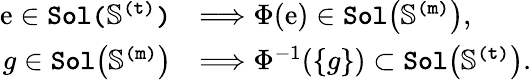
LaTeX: \begin{array}{rl}{\mathrm{e}\in\mathtt{Sol(\mathbb{S}^{\mathtt{(t)}})}}&{\Longrightarrow\Phi(\mathrm{e})\in\mathtt{Sol\big(\mathbb{S}^{\mathtt{(m)}}\big)},}\\ {g\in\mathtt{Sol\big(\mathbb{S}^{\mathtt{(m)}}\big)}}&{\Longrightarrow\Phi^{-1}(\{ g\} )\subset\mathtt{Sol\big(\mathbb{S}^{\mathtt{(t)}}\big)}.}\end{array}